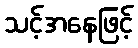
သင့်အနေဖြင့်